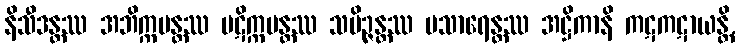
နိသီဒန္တဿ အဘိက္ကမန္တဿ ပဋိက္ကမန္တဿ သမိဉ္ဇန္တဿ ပသာရေန္တဿ အဋ္ဌိကာနိ ကဋကဋာယန္တိ,